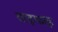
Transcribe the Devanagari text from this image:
साइफाइ